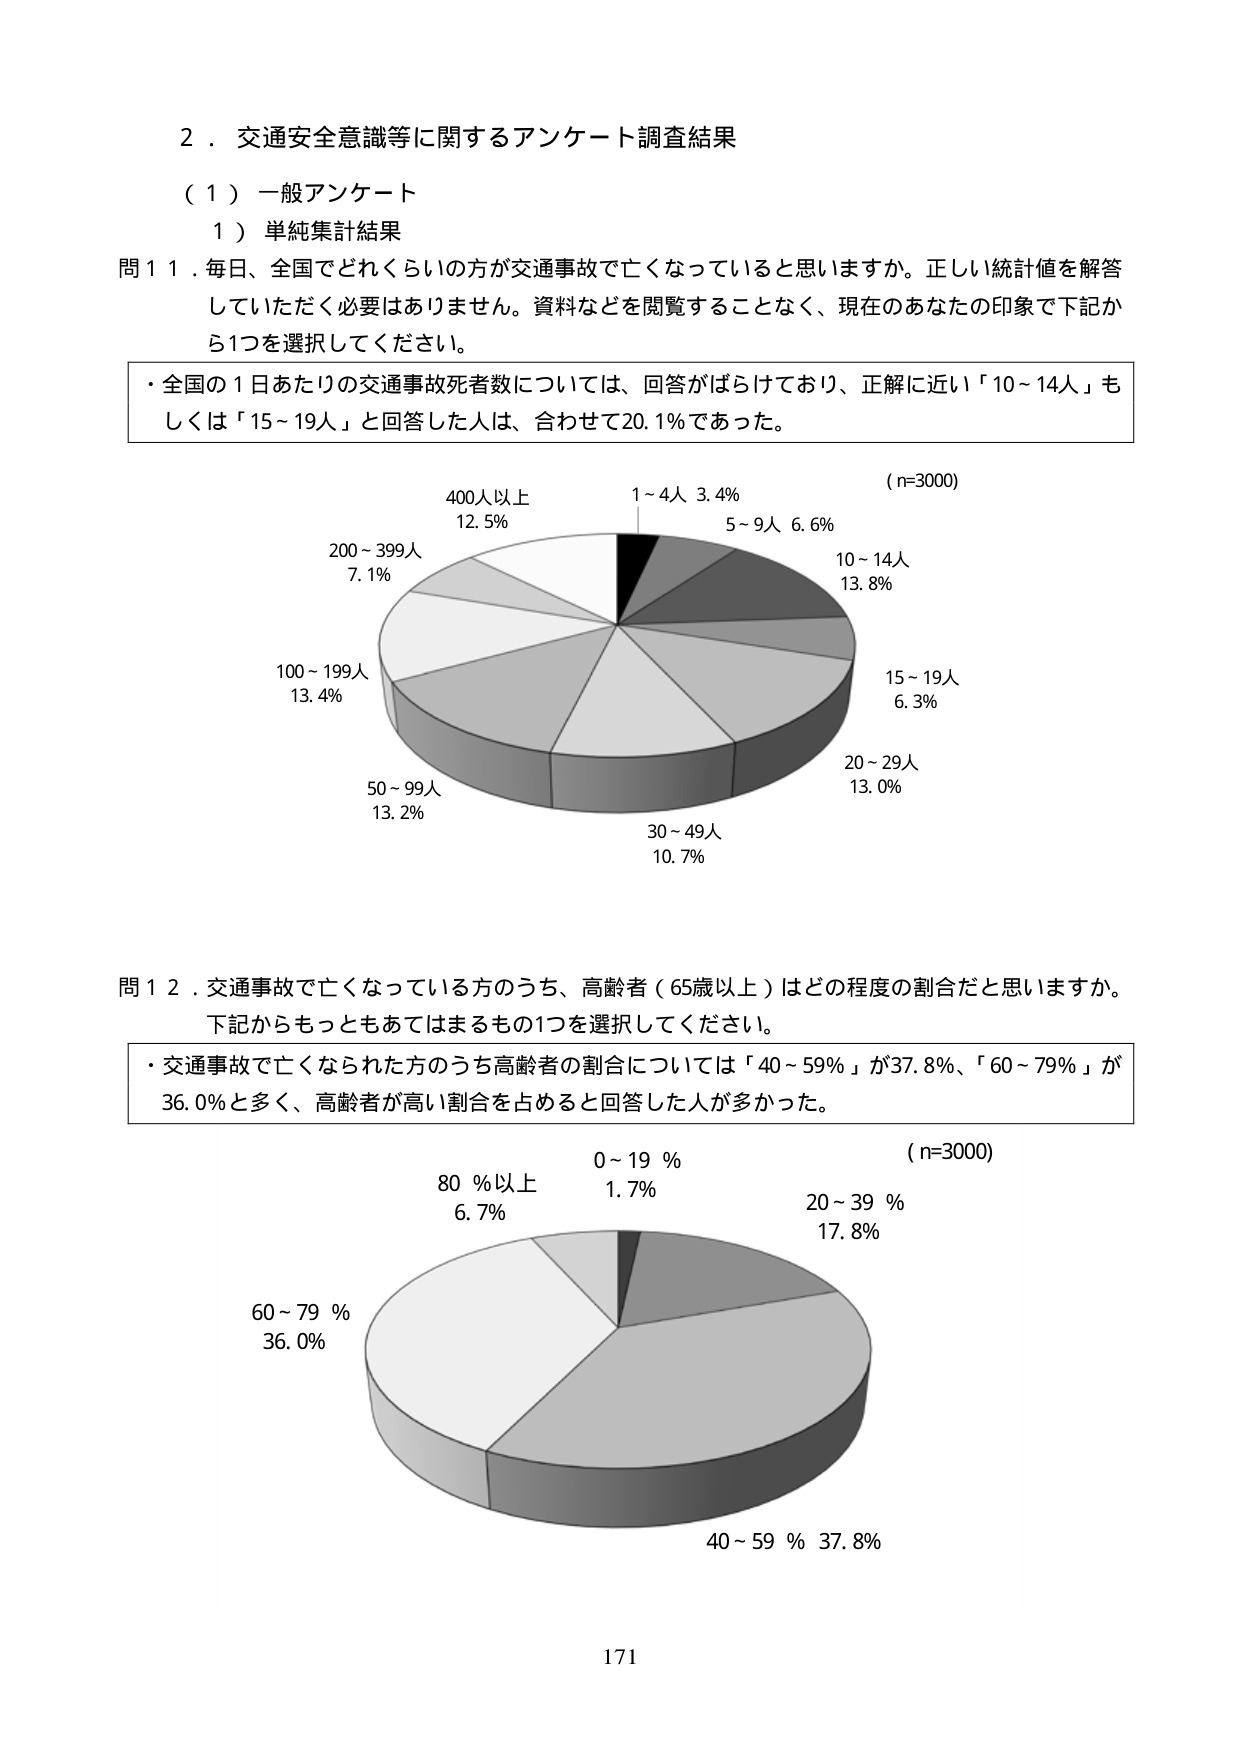
2．交通安全意識等に関するアンケート調査結果
（１）一般アンケート
　１）単純集計結果
問１１．毎日、全国でどれくらいの方が交通事故で亡くなっていると思いますか。正しい統計値を解答していただく必要はありません。資料などを閲覧することなく、現在のあなたの印象で下記から1つを選択してください。
・全国の1日あたりの交通事故死者数については、回答がばらけており、正解に近い「10～14人」もしくは「15～19人」と回答した人は、合わせて20.1％であった。
（n=3000）
　　400人以上　12.5％
　　200～399人　7.1％
　　100～199人　13.4％
　　50～99人　13.2％
　　30～49人　10.7％
　　20～29人　13.0％
　　15～19人　6.3％
　　10～14人　13.8％
　　5～9人　6.6％
　　1～4人　3.4％
問１２．交通事故で亡くなっている方のうち、高齢者（65歳以上）はどの程度の割合だと思いますか。下記からもっともあてはまるもの1つを選択してください。
・交通事故で亡くなられた方のうち高齢者の割合については「40～59％」が37.8％、「60～79％」が36.0％と多く、高齢者が高い割合を占めると回答した人が多かった。
（n=3000）
　　80％以上　6.7％
　　60～79％　36.0％
　　40～59％　37.8％
　　20～39％　17.8％
　　0～19％　1.7％
171